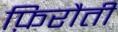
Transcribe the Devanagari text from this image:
फ़िरौती